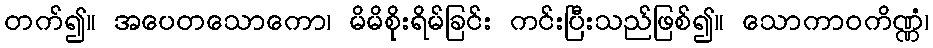
တက်၍။ အပေတသောကော၊ မိမိစိုးရိမ်ခြင်း ကင်းပြီးသည်ဖြစ်၍။ သောကာဝကိဏ္ဏံ၊